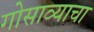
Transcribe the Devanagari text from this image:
गोसाव्याचा